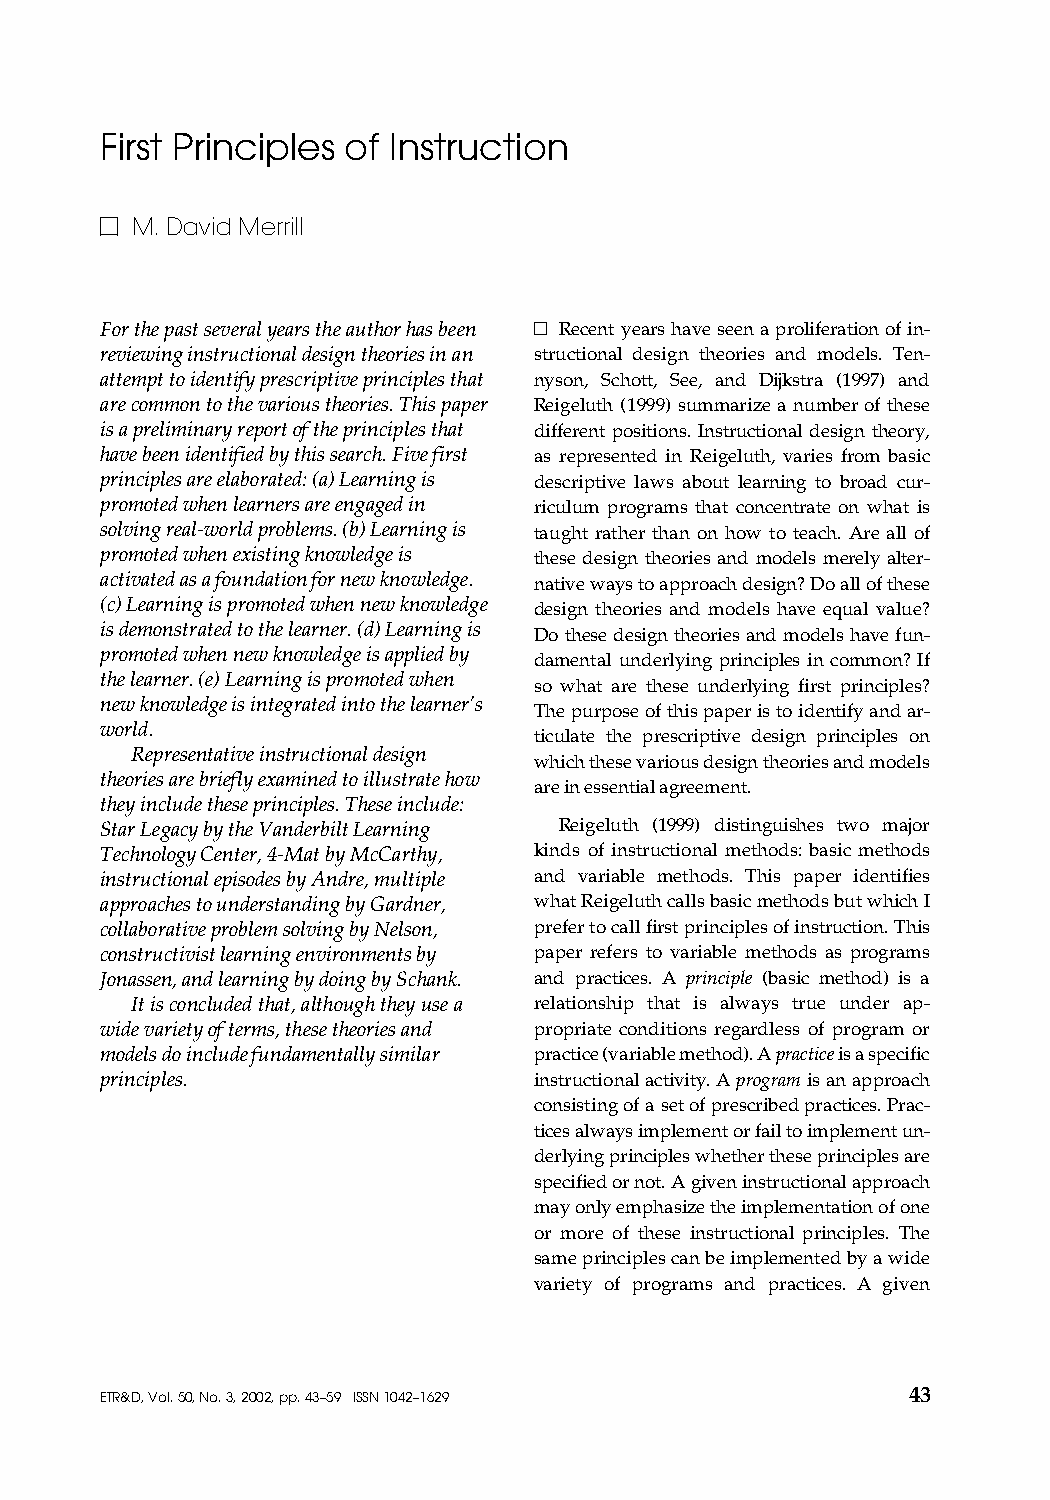
AAH GRAPHICS, INC. / (540) 933-6210 / FAX 933-6523 / 09-30-2002 / 11:57
 First Principles of Instruction
 M. David Merrill
 For the past several years the author has been Recent years have seen a proliferation of in-
 reviewing instructional design theories in an structional design theories and models. Ten-
 attempt to identify prescriptive principles that nyson, Schott, See, and Dijkstra (1997) and
 are common to the various theories. This paper Reigeluth (1999) summarize a number of these
 is a preliminary report of the principles that different positions. Instructional design theory,
 have been identified by this search. Five first as represented in Reigeluth, varies from basic
 principles are elaborated: (a) Learning is descriptive laws about learning to broad cur-
 promoted when learners are engaged in riculum programs that concentrate on what is
 solving real-world problems. (b) Learning is taught rather than on how to teach. Are all of
 promoted when existing knowledge is these design theories and models merely alter-
 activated as a foundation for new knowledge. native ways to approach design? Do all of these
 (c) Learning is promoted when new knowledge design theories and models have equal value?
 is demonstrated to the learner. (d) Learning is Do these design theories and models have fun-
 promoted when new knowledge is applied by
 damental underlying principles in common? If
 the learner. (e) Learning is promoted when
 so what are these underlying first principles?
 new knowledge is integrated into the learner’s
 The purpose of this paper is to identify and ar-
 world.
 ticulate the prescriptive design principles on
 Representative instructional design
 which these various design theories and models
 theories are briefly examined to illustrate how
 are in essential agreement.
 they include these principles. These include:
 Star Legacy by the Vanderbilt Learning Reigeluth (1999) distinguishes two major
 Technology Center, 4-Mat by McCarthy, kinds of instructional methods: basic methods
 instructional episodes by Andre, multiple and variable methods. This paper identifies
 approaches to understanding by Gardner, what Reigeluth calls basic methods but which I
 collaborative problem solving by Nelson, prefer to call first principles of instruction. This
 constructivist learning environments by paper refers to variable methods as programs
 Jonassen, and learning by doing by Schank. and practices. A principle (basic method) is a
 It is concluded that, although they use a relationship that is always true under ap-
 wide variety of terms, these theories and propriate conditions regardless of program or
 models do include fundamentally similar practice (variable method). A practice is a specific
 principles.                  instructional activity. A program is an approach
 consisting of a set of prescribed practices. Prac-
 tices always implement or fail to implement un-
 derlying principles whether these principles are
 specified or not. A given instructional approach
 may only emphasize the implementation of one
 or more of these instructional principles. The
 same principles can be implemented by a wide
 variety of programs and practices. A given
 ETR&D, Vol. 50, No. 3, 2002, pp. 43–59 ISSN 1042–1629 43